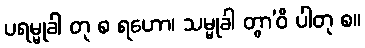
ပရမ္မုခါ တု စ ရဟော၊ သမ္မုခါ တွာ’ဝိ ပါတု စ။